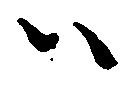
ハ